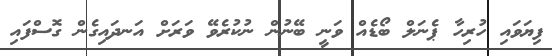
ފިޔަވައި ހުރިހާ ޕެނަލް ބޯޑެއް ވަނީ ބޭނުން ނުކުރެވޭ ވަރަށް އަނދައިގެން ގޮސްފައި